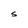
Character: s